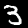
Label: 3